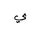
Letter: _ya